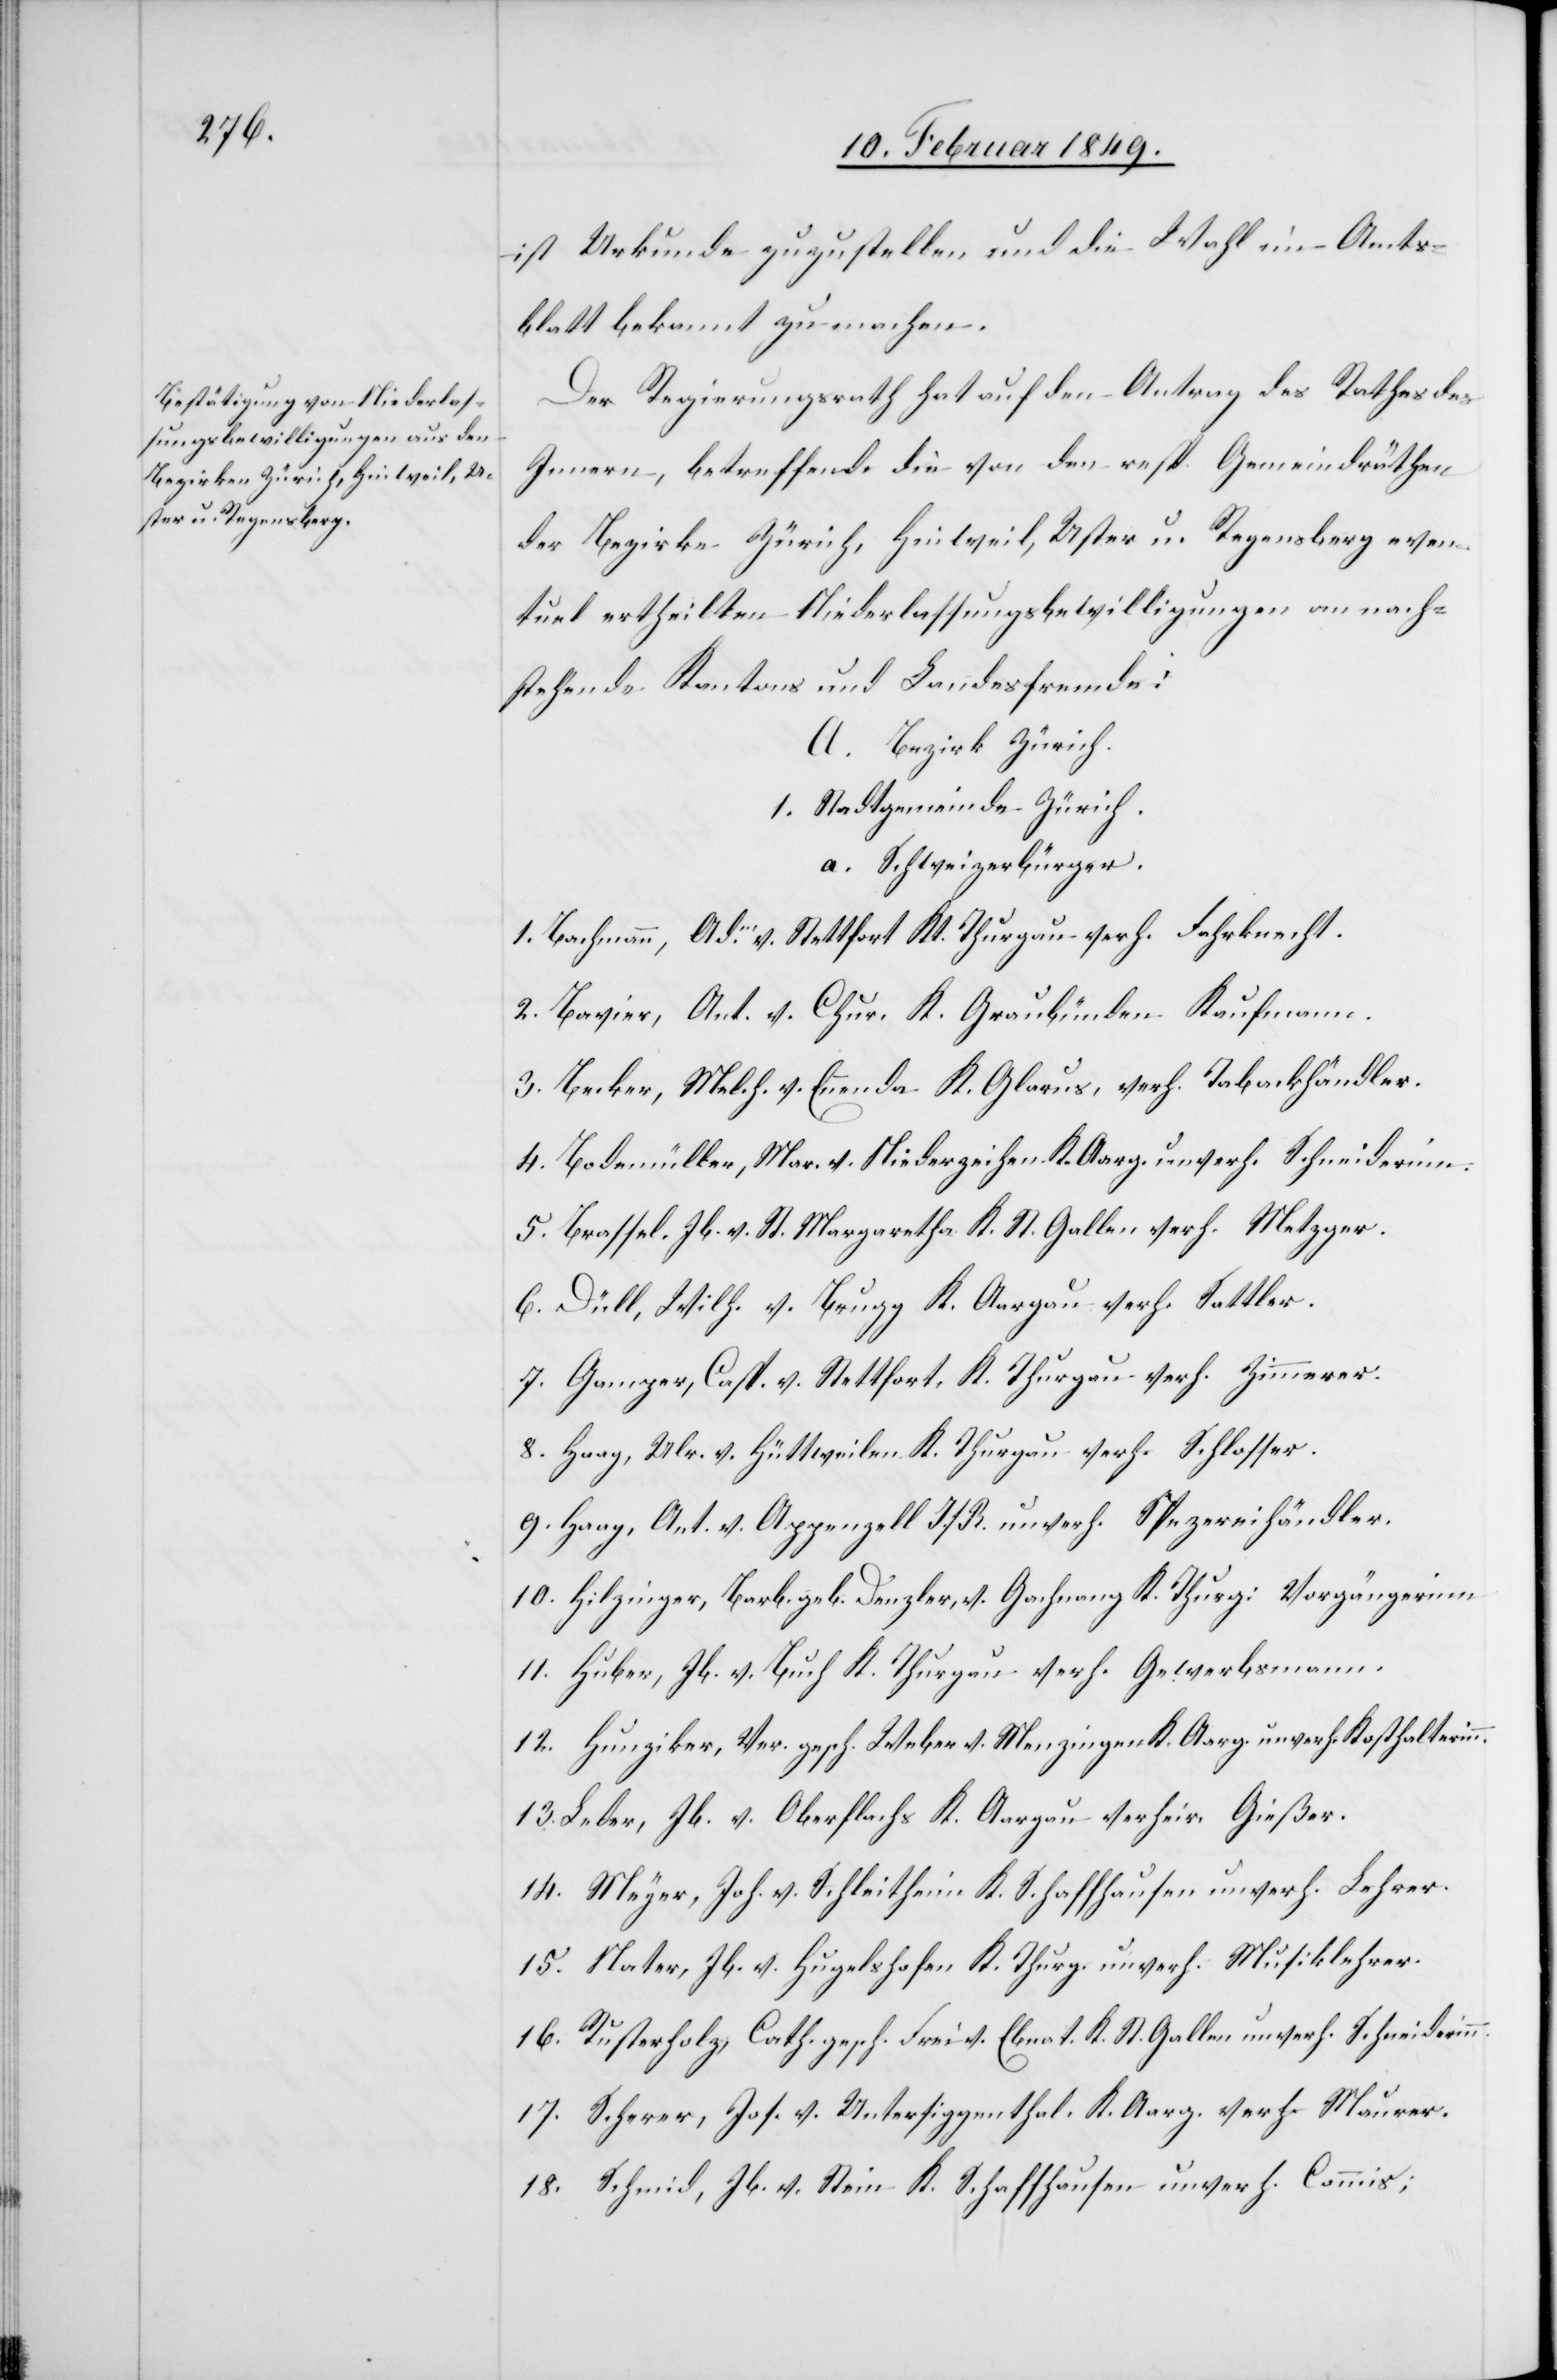
ist Urkunde zuzustellen und die Wahl im Amts¬
blatt bekannt zu machen.
Der Regierungsrath hat auf den Antrag des Rathes des
Innern, betreffend die von den resp. Gemeindräthen
der Bezirke Zürich, Hinweil, Uster u. Regensberg even¬
tuel ertheilten Niederlassungsbewilligungen an nach¬
stehende Kantons und Landesfremde:
A. Bezirk Zürich.
1. Stadtgemeinde Zürich.
a. Schweizerbürger.
1. Bachmann, Ad. v. Stettfort Kt. Thurgau verh. Fahrknecht.
2. Bavier, Ant. v. Chur, K. Graubünden Kaufmann.
3. Becker, Melch. v. Ennenda K. Glarus, verh. Tabackhändler.
4. Bodenmüller, Mar. v. Niederzeihen K. Aarg. unverh. Schneiderinn.
5. Brassel, Jb. v. St. Margaretha K. St. Gallen verh. Metzger.
6. Düll, Wilh. v. Brugg K. Aargau verh. Sattler.
7. Gamper, Casp. v. Stettfort, K. Thurgau verh. Zimmerer.
8. Haag, Ulr. v. Hüttweilen K. Thurgau verh. Schlosser.
9. Haag, Ant. v. Apenzell I./R. unverh. Spezereihändler.
10. Hilzinger, Barb. geb. Denzler, v. Gachnang K. Thurg: Vorgängerinn
11. Huber, Jb. v. Buch K. Thurgau verh. Gewerbsmann.
12. Hunziker, Ver. gesch. Weber v. Menzingen K. Aarg. unverh. Kosthalterinn.
13. Leder, Jb. v. Oberflachs K. Aargau verheir. Gießer.
14. Meyer, Joh. v. Schleitheim K. Schaffhausen unverh. Lehrer.
15. Nater, Jb. v. Hugelshofen K. Thurg. unverh. Musiklehrer.
16. Rusterholz, Cath. gesch. Frei v. Ebnat. K. St. Gallen unverh. Schneiderinn.
17. Scherer, Jos. v. Untersiggenthal. K. Aarg. verh. Maurer.
18. Schmid, Jb. v. Stein K. Schaffhausen unverh. Commis;